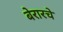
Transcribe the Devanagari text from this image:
बेरारचे